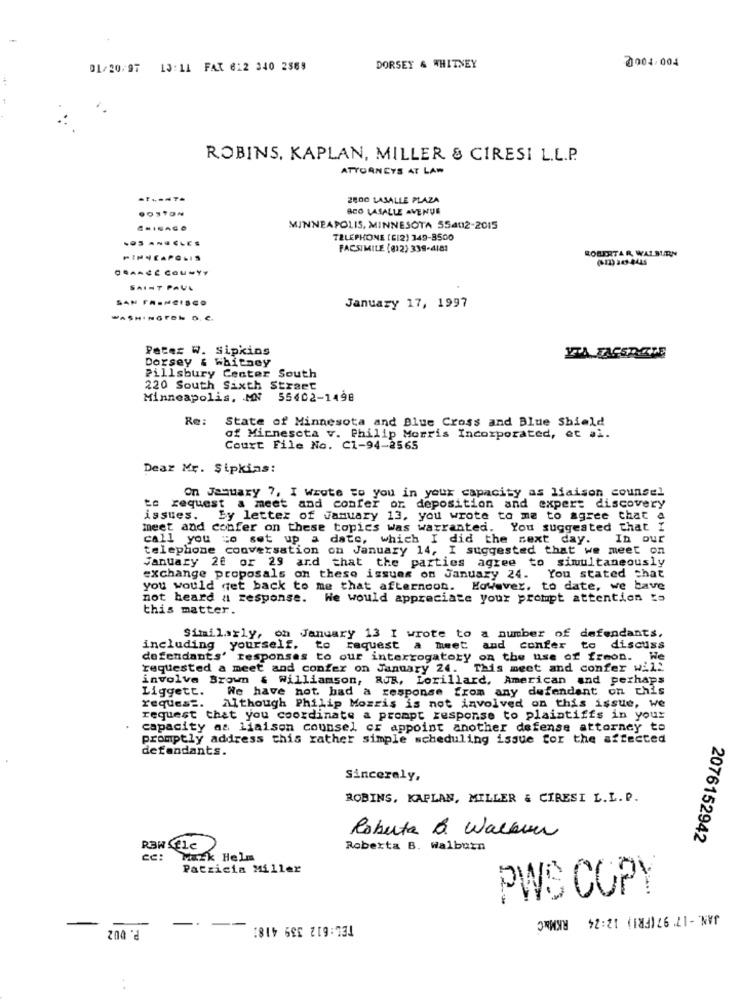
01/20/97 13:11 FAX 612 340 2369
DORSEY & WHITNEY
0004.004
ROBINS, KAPLAN, MILLER & CIRESI L.L.P.
ATTORNEYS AT LAW
2800 LASALLE PLAZA
SCO LASALLE AVENUE
MINNEAPOLIS, MINNESOTA 554012-2015
TELEPHONE [EI2) 349-8500
FACSIMILE (812) 339-4181
ROBERTAR WASSURN
MINNEAPOLIS
ORANGE COUNTY
SAINT PAUL
SAN FRANCISCO
January 17, 1997
WASHINGTON D. C.
Peter W. Sipkins
Dorsey & whitney
YTA FACSTHETTE
Pillsbury Center South
220 South Sixth Straet
Minneapolis, MN 55402-1498
Re:
State of Minnesota and Blue Cross and Blue Shield
of Minnesota v. Philip Morris Incorporated, et al.
Court File No. C1-94-2565
Dear Mr. Şipkins:
On January 7, I Wrote to you in your capacity as liaison counsel
te request a meet and confer or. deposition and expert discovery
issues. by letter of January 13, you wrote to me to agree that a
meet and confer on these topics was warranted. You suggested that
call you to set up a date, which I did the next day.
In Our
telephone conversation on January 14, I suggested that we meet on
January 26 or 29 and that the parties agree to simultaneously
exchange proposals on these issues on January 24. You stated chat
you would get back to me that afternoon. However, to date, we bave
not heard a response. We would appreciate your prompt attention to
this matter.
Similarly, on January 13 I wrote to a number of defendants.
including yourself.
o request a meet and confer to discuss
defendants' responses to our interrogatory on the use of freon. We
requested a meet and confer on January 24. This meet and confer will
involve Brown . Williamson, RUB, Lorillard, American and perhaps
Liggett.
We have not bad a response from any defendant on this
request.
Although Philip Morris is not involved on this issue, we
request that you coordinate a prompt response to plaintiffs in your
capacity as liaison counsel cr appoint another defense attorney to
promptly address this rather simple scheduling issue for the affected
defendants.
Sincerely,
ROBINS, KAPLAN, MILLER & CIRESI L.L. P.
Roberta & Walque
2076152942
Roberta B. Walburn
ce:
Mark Helm
Paczicia Miller
PWS COPY
JAN. - 17' 97(FRI) 12:24 RKM&C
P. 002
TEL:612 339 4181
-
-- --